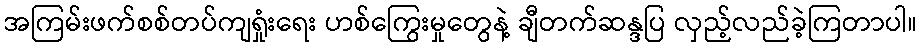
အကြမ်းဖက်စစ်တပ်ကျရှုံးရေး ဟစ်ကြွေးမှုတွေနဲ့ ချီတက်ဆန္ဒပြ လှည့်လည်ခဲ့ကြတာပါ။